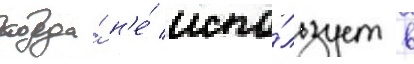
когда́ н'е́ испо́льзует в